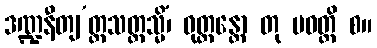
ဒဏ္ဍနီတျ’တ္ထသတ္ထသ္မိံ၊ ဝုတ္တန္တော တု ပဝတ္တိ စ။